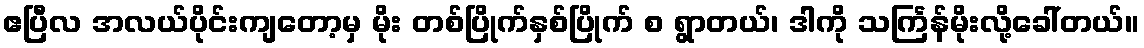
ဧပြီလ အလယ်ပိုင်းကျတော့မှ မိုး တစ်ပြိုက်နှစ်ပြိုက် စ ရွာတယ်၊ ဒါကို သင်္ကြန်မိုးလို့ခေါ်တယ်။